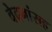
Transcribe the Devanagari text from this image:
वेदनांसह